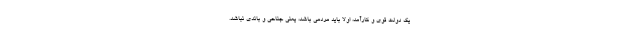
یک دولت قوی و کارآمد، اولاً باید مردمی باشد، یعنی جناحی و باندی نباشد.